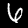
Digit: 6